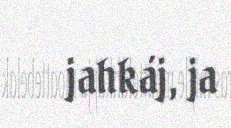
jahkáj, ja